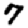
Digit: 7